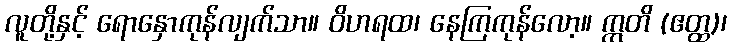
လူတို့နှင့် ရောနှောကုန်လျက်သာ။ ဝိဟရထ၊ နေကြကုန်လော့။ ဣတိ (ဧတ္ထ)၊